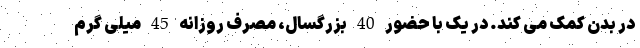
در بدن کمک می کند. در یک با حضور 40 بزرگسال، مصرف روزانه 45 میلی گرم